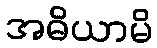
အဓိယာမိ